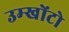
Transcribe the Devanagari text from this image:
उम्खोंटो